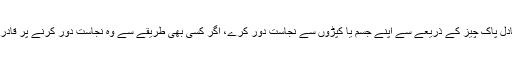
2..تیمم کرنے والا پانی یا اس کے متبادل پاک چیز کے ذریعے سے اپنے جسم یا کپڑوں سے نجاست دور کرے، اگر کسی بھی طریقے سے وہ نجاست دور کرنے پر قادر نہ ہو تو اسی حالت میں نماز ادا کرے۔